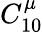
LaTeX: C_{10}^{\mu}